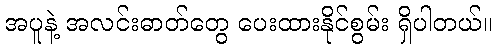
အပူနဲ့ အလင်းဓာတ်တွေ ပေးထားနိုင်စွမ်း ရှိပါတယ်။